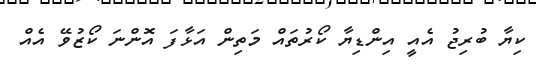
ކިޔާ ބުރިޖު އެއީ އިންޑިޔާ ކޯރުތައް މަތިން އަޅާފަ އޮންނަ ކޯޒުވޭ އެއް